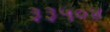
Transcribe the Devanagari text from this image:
३३५०४